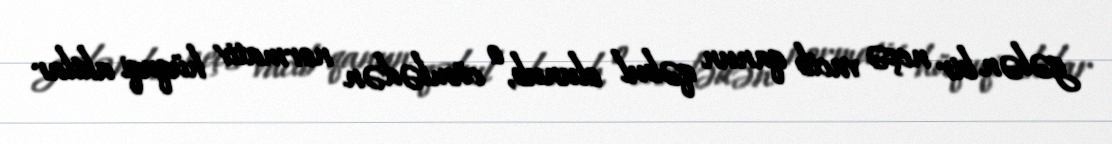
gələn bir neçə vacib qanun qəbul olunub, o cümlədən normativ hüquqi aktlar